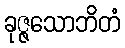
ခုဇ္ဇသောဘိတံ